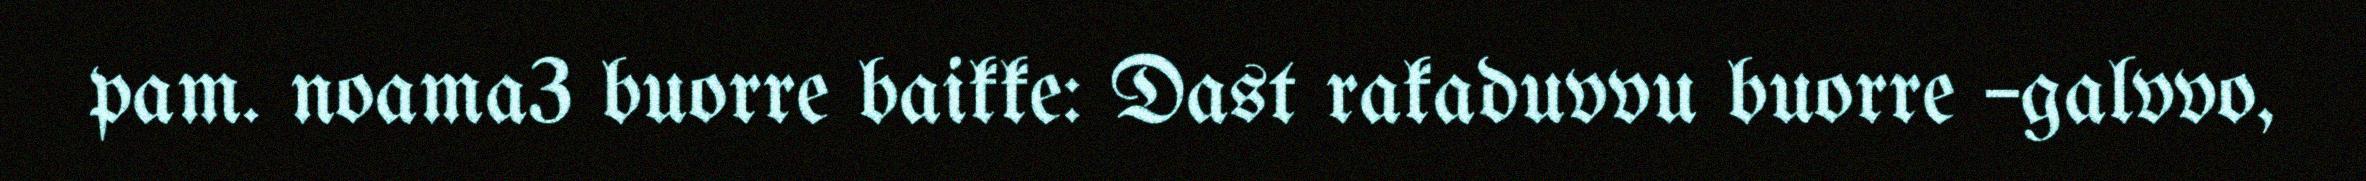
pam. noama3 buorre baikke: Dast rakaduvvu buorre –galvvo,